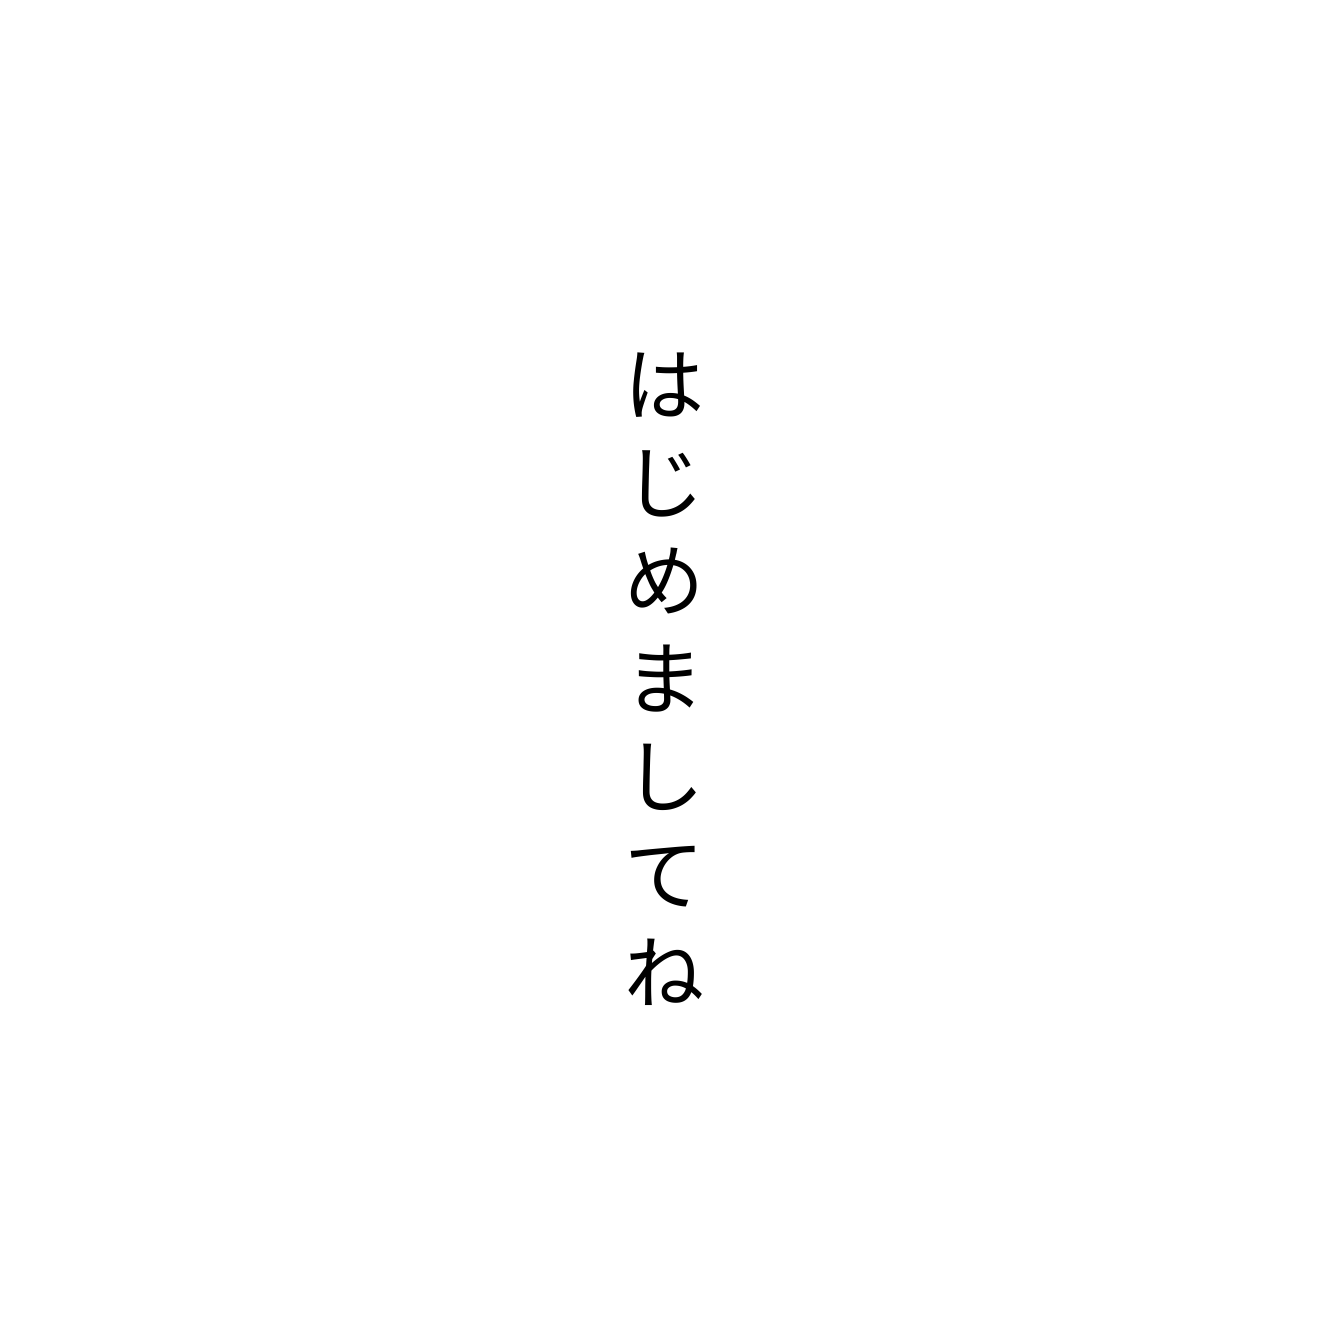
はじめましてね